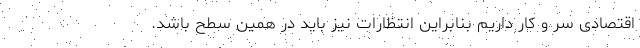
اقتصادی سر و کار داریم بنابراین انتظارات نیز باید در همین سطح باشد.